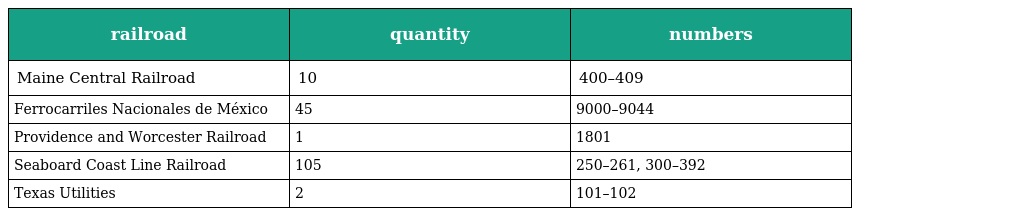
| railroad | quantity | numbers |
 | --- | --- | --- |
 | Maine Central Railroad | 10 | 400–409 |
 | Ferrocarriles Nacionales de México | 45 | 9000–9044 |
 | Providence and Worcester Railroad | 1 | 1801 |
 | Seaboard Coast Line Railroad | 105 | 250–261, 300–392 |
 | Texas Utilities | 2 | 101–102 |